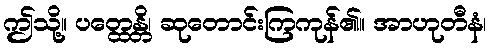
ဤသို့။ ပတ္ထေန္တိ၊ ဆုတောင်းကြကုန်၏။ အာဟုတီနံ၊